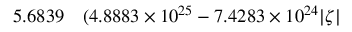
\begin{array} { r l } { 5 . 6 8 3 9 } & { { } ( 4 . 8 8 8 3 \times 1 0 ^ { 2 5 } - 7 . 4 2 8 3 \times 1 0 ^ { 2 4 } | \zeta | } \end{array}